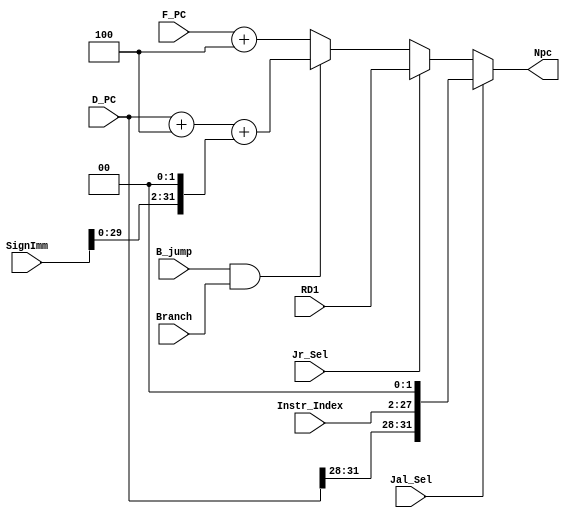
`timescale 1ns / 1ps
//////////////////////////////////////////////////////////////////////////////////
// Company: 
// Engineer: 
// 
// Design Name: 
// Module Name:    D_NPC 
// Project Name: 
// Target Devices: 
// Tool versions: 
// Description: 
//
// Dependencies: 
//
// Revision: 
// Revision 0.01 - File Created
// Additional Comments: 
//
//////////////////////////////////////////////////////////////////////////////////
module D_NPC(
    input B_jump,
    input Branch,
    input Jr_Sel,
    input Jal_Sel,
	input [31:0] SignImm,
    input [31:0] RD1,
	input [25:0] Instr_Index,
    input [31:0] F_PC,
	input [31:0] D_PC,

    output [31:0] Npc
    );

    wire [31:0] instr_index_out = {D_PC[31:28],Instr_Index[25:0],2'b0}; //jal
    wire [31:0] sign_out = D_PC + 4 + (SignImm << 2); //beq  // D_PC+8 = F_PC+4
    assign Npc = (Jal_Sel == 1) ? instr_index_out :
                 (Jr_Sel  == 1) ? RD1  :
                 ((B_jump & Branch) == 1) ? sign_out :
                 (F_PC + 4);

endmodule